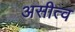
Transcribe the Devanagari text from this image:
असीत्व